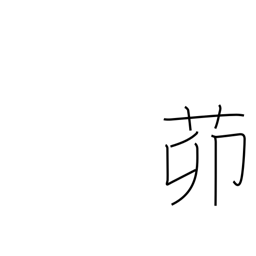
Meaning: yard